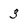
Character: 3